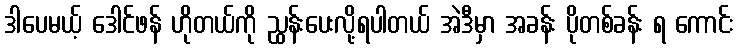
ဒါပေမယ့် ဒေါင်ဖန် ဟိုတယ်ကို ညွှန်းပေးလို့ရပါတယ် အဲဒီမှာ အခန်း ပိုတစ်ခန်း ရ ကောင်း